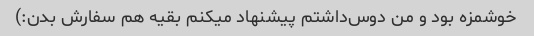
خوشمزه بود و من دوس‌داشتم پیشنهاد میکنم بقیه هم سفارش بدن:)